Leaving Certificate Examination (including Day School Certificate (Higher) General paper), 1934
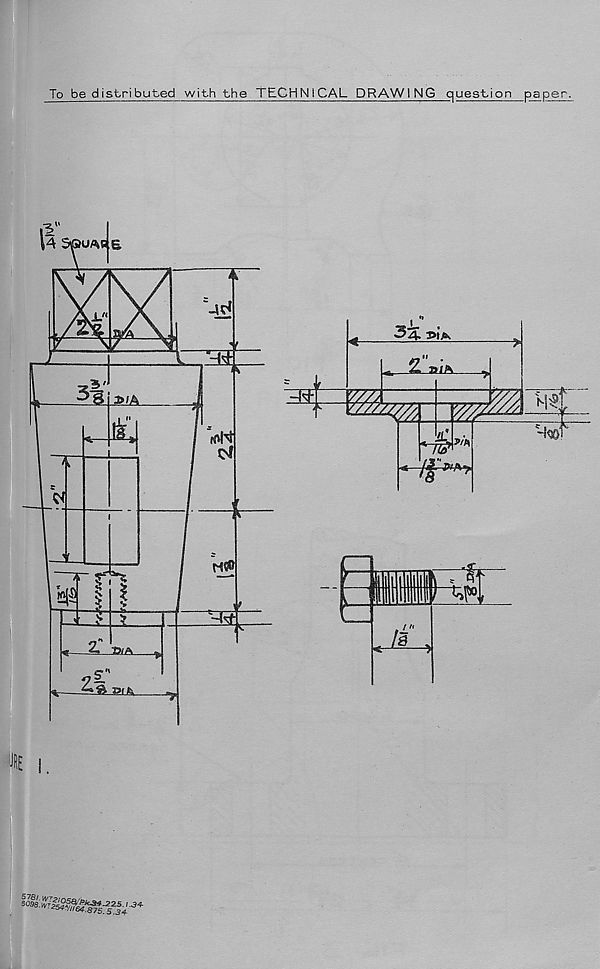
To be distributed with the TECHNICAL DRAWING quesLion paper.